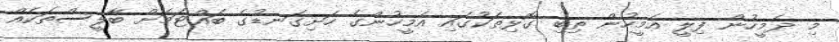
މި ދެމީހުން ފިލީ އެމީހުން ތިބި ގޮޅިތަކުގައި އެމީހުންގެ ހަށިގަނޑުގެ ބައްޓަމަށް ބާލީސްތަކެއް